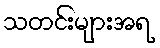
သတင်းများအရ